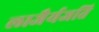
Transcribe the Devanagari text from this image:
लाजैर्यजति